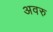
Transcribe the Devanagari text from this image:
अवरु